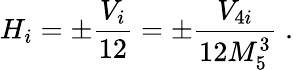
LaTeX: H_{i}=\pm\frac{V_{i}}{12}=\pm\frac{V_{4i}}{12M_{5}^{3}}\; .